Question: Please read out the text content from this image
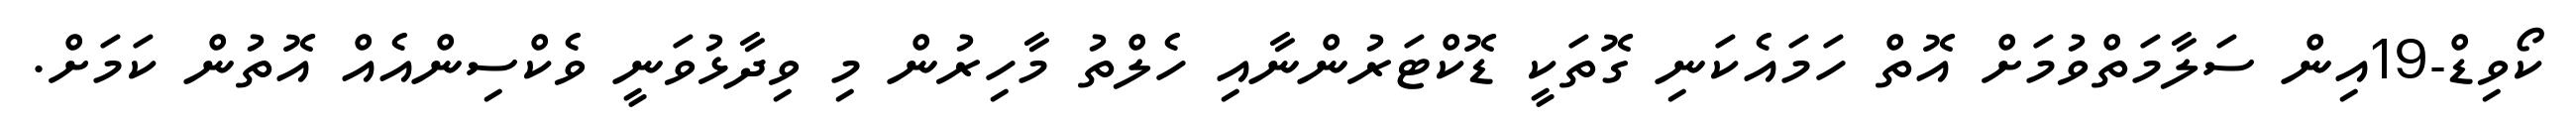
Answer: ކޯވިޑް-19އިން ސަލާމަތްވުމަށް އޮތް ހަމައެކަނި ގޮތަކީ ޑޮކްޓަރުންނާއި ހެލްތު މާހިރުން މި ވިދާޅުވަނީ ވެކްސިންއެއް އޮތުން ކަމަށް.